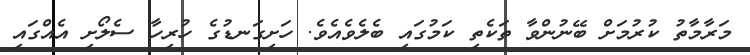
މަރާމާތު ކުރުމަށް ބޭނުންވާ ތަކެތި ކަމުގައި ބެލެވެއެވެ. ހަށިގަނޑުގެ ހުރިހާ ސެލޯށި އެއްގައި